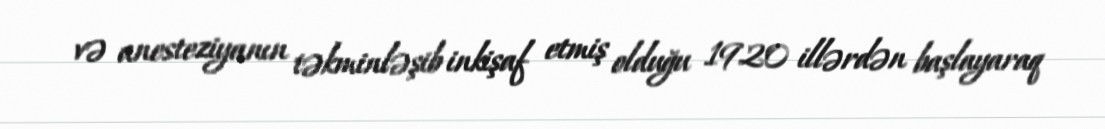
və anesteziyanın təkminləşib inkişaf etmiş olduğu 1920 illərdən başlayaraq